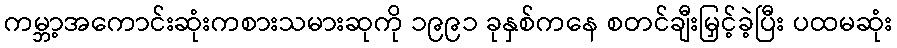
ကမ္ဘာ့အကောင်းဆုံးကစားသမားဆုကို ၁၉၉၁ ခုနှစ်ကနေ စတင်ချီးမြှင့်ခဲ့ပြီး ပထမဆုံး